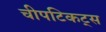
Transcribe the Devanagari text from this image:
चीपटिकट्स